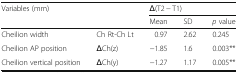
<table><thead><tr><td rowspan="2"><b>Variables (mm)</b></td><td rowspan="2"></td><td colspan="3"><b>Δ(T2 − T1)</b></td></tr><tr><td><b>Mean</b></td><td><b>SD</b></td><td><b><i>p</i> value</b></td></tr></thead><tbody><tr><td>Cheilion width</td><td>Ch Rt-Ch Lt</td><td>0.97</td><td>2.62</td><td>0.245</td></tr><tr><td>Cheilion AP position</td><td>ΔCh(z)</td><td>−1.85</td><td>1.6</td><td>0.003**</td></tr><tr><td>Cheilion vertical position</td><td>ΔCh(y)</td><td>−1.27</td><td>1.17</td><td>0.005**</td></tr></tbody></table>